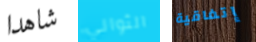
شاهدا الثواني إتفاقية